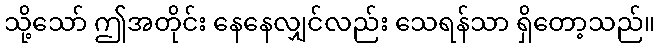
သို့သော် ဤအတိုင်း နေနေလျှင်လည်း သေရန်သာ ရှိတော့သည်။